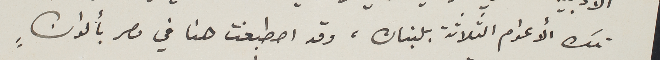
تلك الأعوام الثلاثة بلبنان، وقد اصطبغت هنا في مصر بألوانٍ